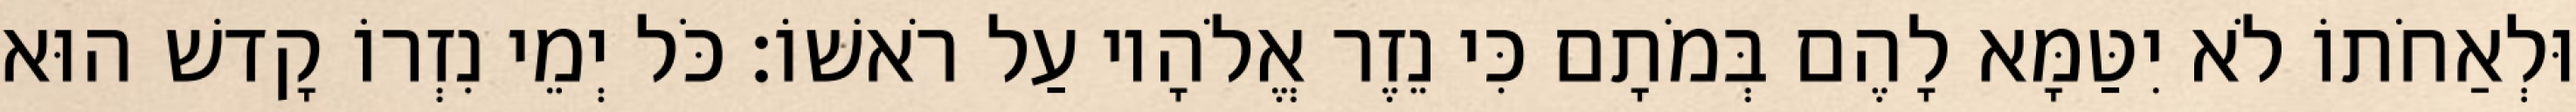
וּלְאַחֹתוֹ לֹא יִטַּמָּא לָהֶם בְּמֹתָם כִּי נֵזֶר אֱלֹהָיו עַל רֹאשׁוֹ׃ כֹּל יְמֵי נִזְרוֹ קָדשׁ הוּא